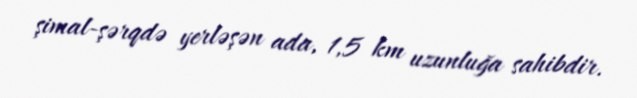
şimal-şərqdə yerləşən ada, 1,5 km uzunluğa sahibdir.